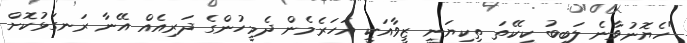
"ހެޔޮނުވާނެ ލަބީބު ކީކޭތަ ތިކިޔަނީ ޒީވާއަކީ އަހަރެމެން ދެމީހުންގެ ދަރިއެއް އޭނާ ރަނގަޅުކޮށް